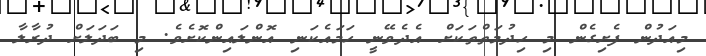
މިއަދުން ފެށިގެން މި ހިދުމަތްތަކަށް އެދެވޭނީ ހަމައެކަނި އޮންލައިންކޮށެވެ. މި ބަދަލަށް ދުރާލާ